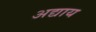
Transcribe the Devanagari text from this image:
अद्याय